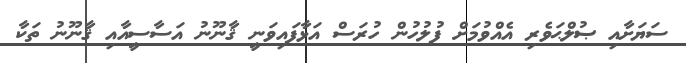
ސަޔަށާއި ޞުލްޙަވެރި އެއްވުމަށް ފުލުހުން ހުރަސް އަޅާފައިވަނީ ޤާނޫނު އަސާސީއާއި ޤާނޫނު ތަކާ